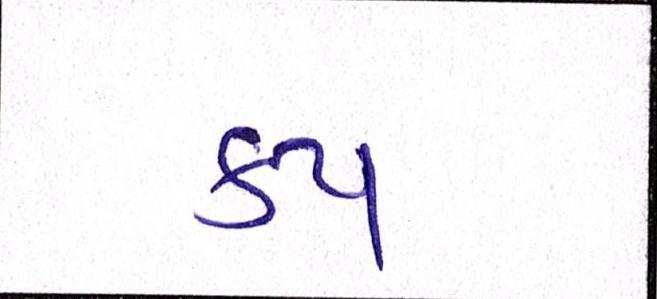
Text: કપ